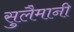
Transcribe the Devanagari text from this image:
सुलैमानी